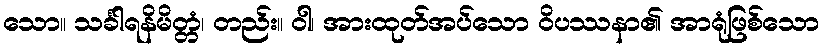
သော။ သင်္ခါရနိမိတ္တံ၊ တည်း။ ဝါ၊ အားထုတ်အပ်သော ဝိပဿနာ၏ အာရုံဖြစ်သော